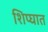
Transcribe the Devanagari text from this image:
शिप्घात